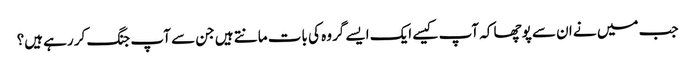
جب میں نے ان سے پوچھا کہ آپ کیسے ایک ایسے گروہ کی بات مانتے ہیں جن سے آپ جنگ کر رہے ہیں؟